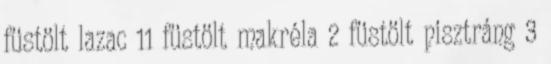
füstölt lazac 11 füstölt makréla 2 füstölt pisztráng 3